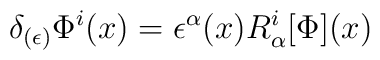
\delta_{(\epsilon)}\Phi^i(x) = \epsilon^{\alpha}(x) R^i_{\alpha}[\Phi](x)